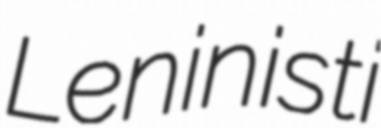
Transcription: Leninisti